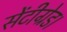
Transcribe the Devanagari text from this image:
सेंटीग्रेड।